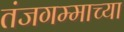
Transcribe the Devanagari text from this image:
तंजगम्माच्या